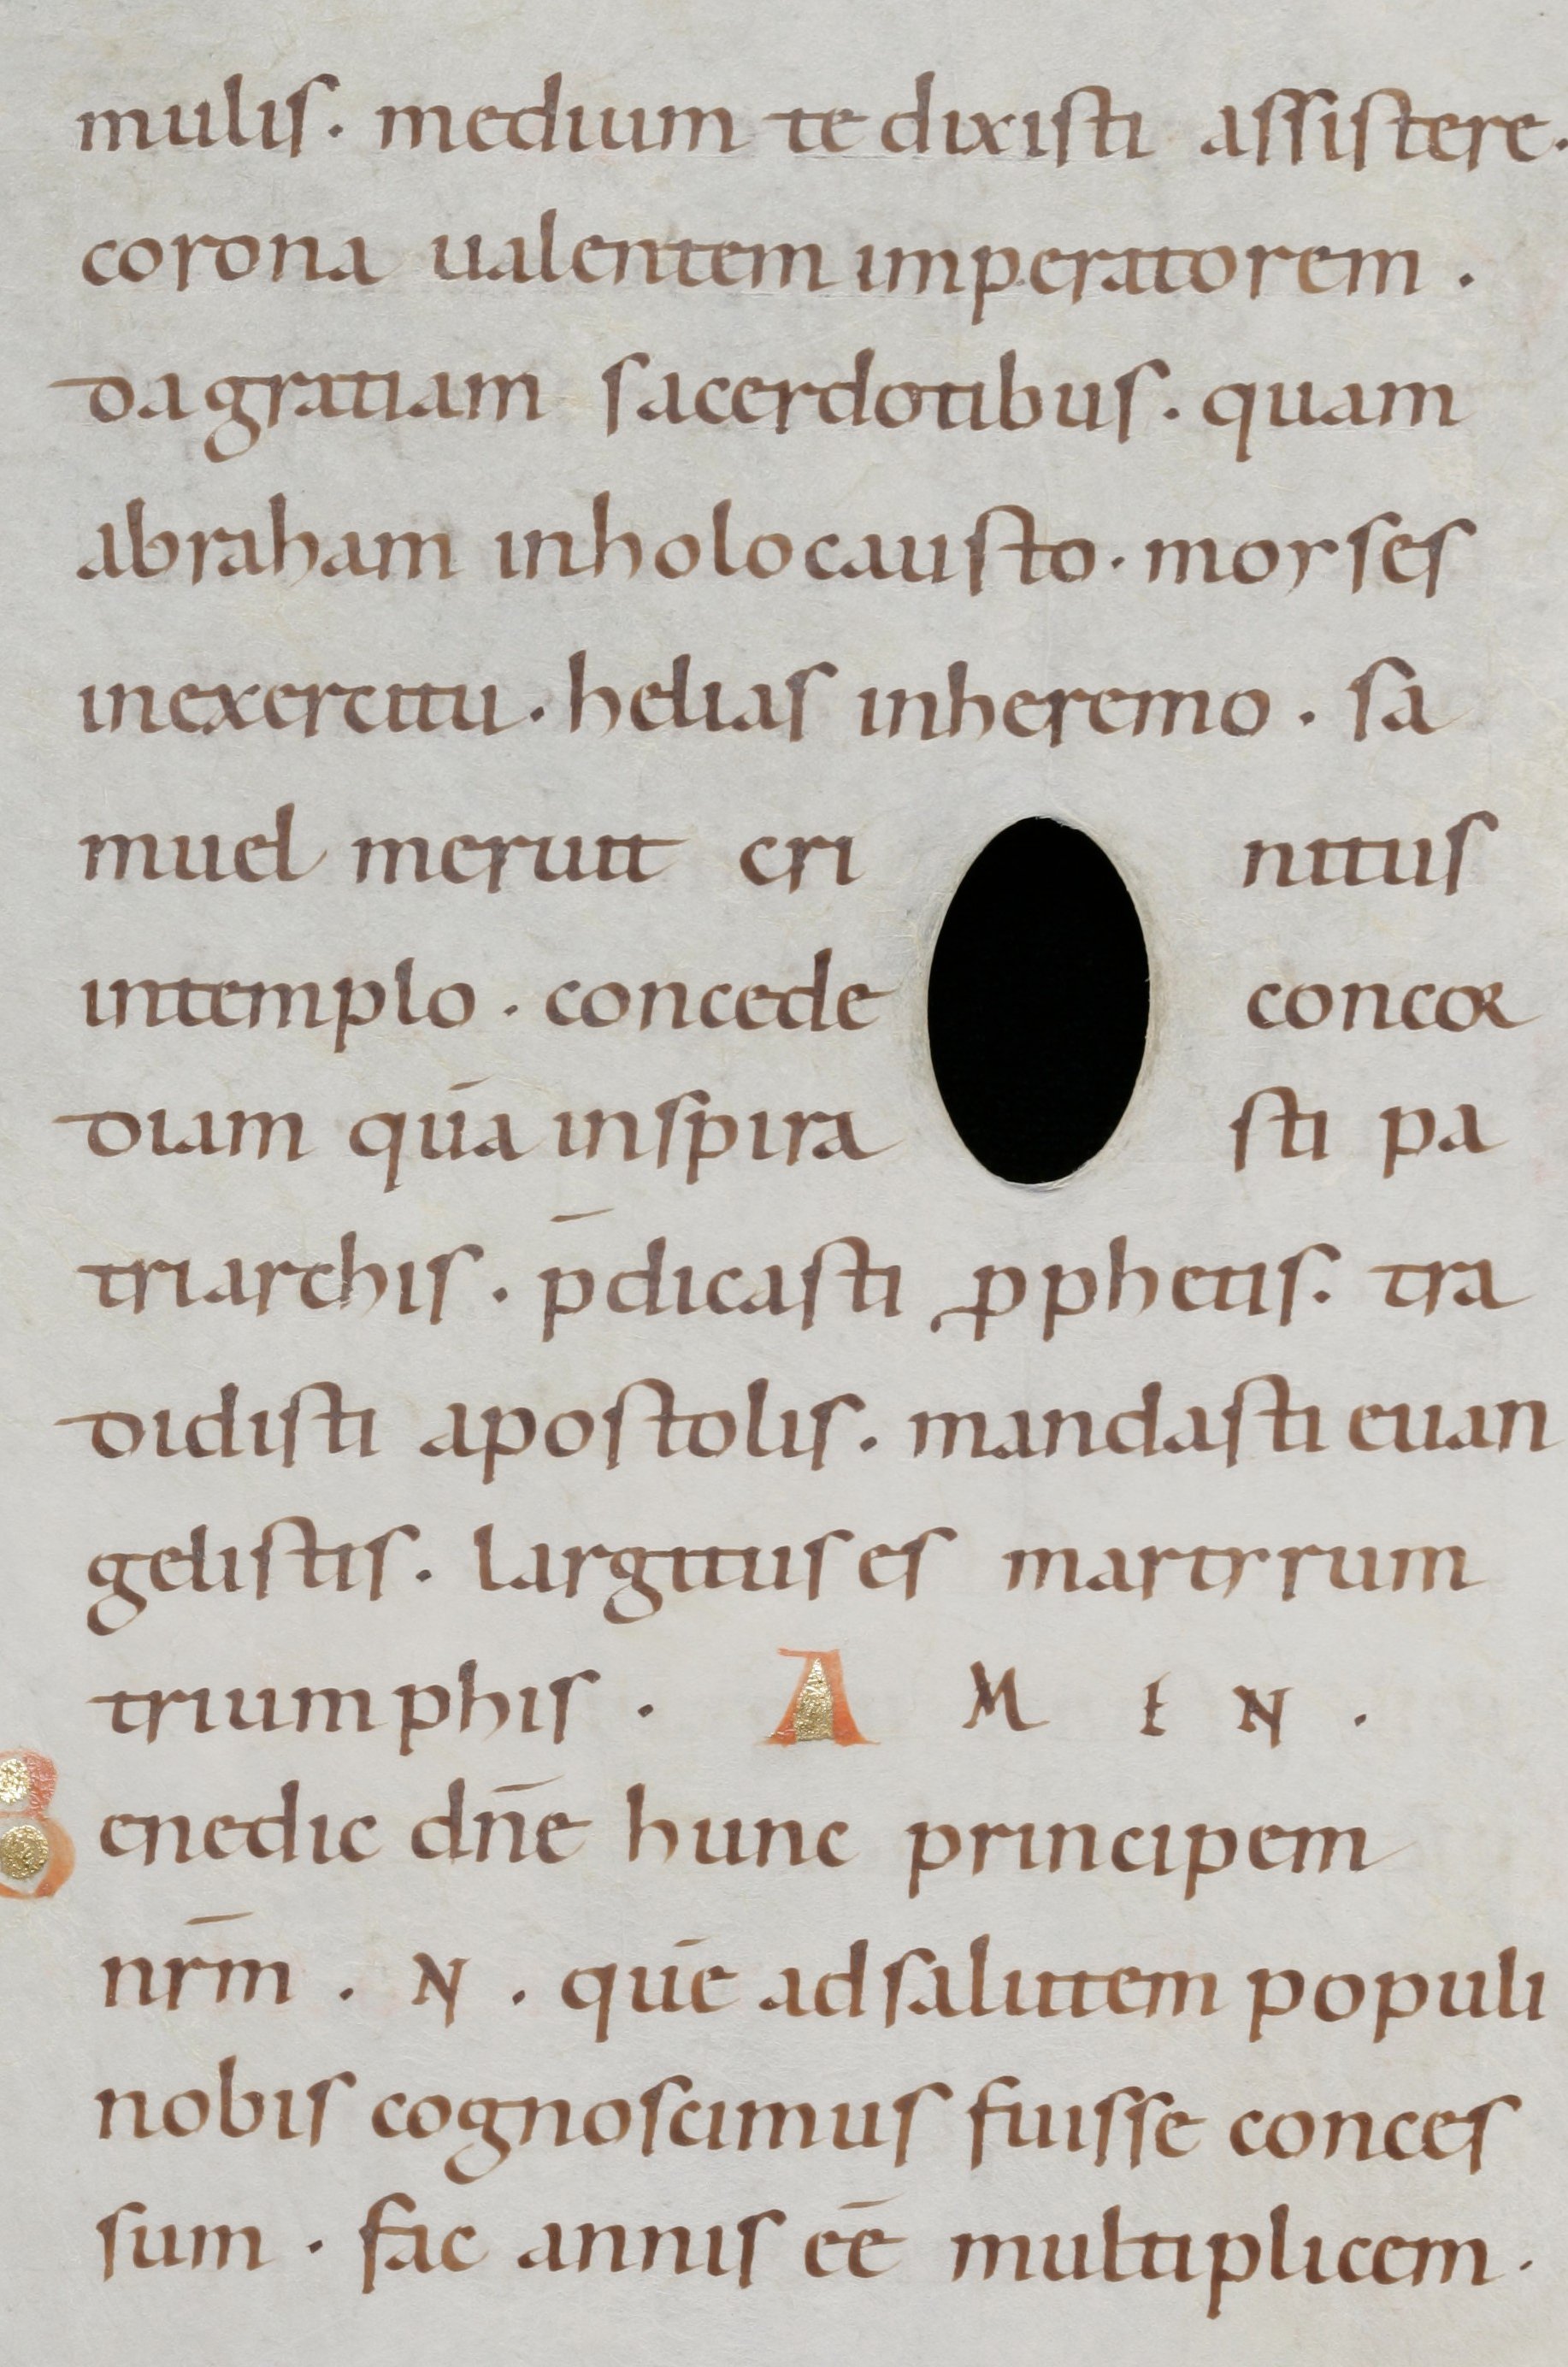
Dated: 1000–1099